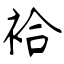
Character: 袷